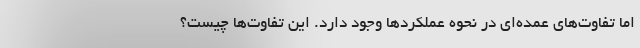
اما تفاوت‌های عمده‌‌ای در نحوه عملکردها وجود دارد. این تفاوت‌ها چیست؟